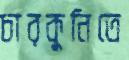
চারকুনিতে